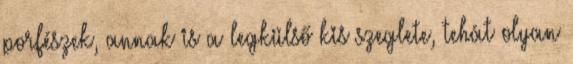
porfészek, annak is a legkülső kis szeglete, tehát olyan